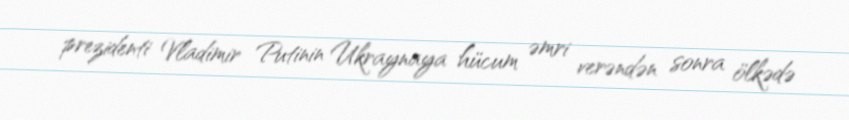
prezidenti Vladimir Putinin Ukraynaya hücum əmri verəndən sonra ölkədə